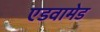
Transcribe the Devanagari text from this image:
एडवामेड